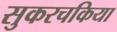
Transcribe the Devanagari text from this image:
सुकरचकिया